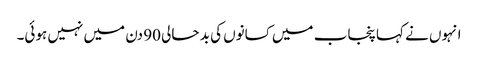
انہوں نے کہا پنجاب میں کسانوں کی بد حالی 90 دن میں نہیں ہوئی۔